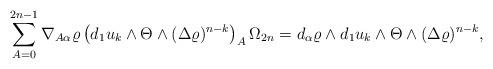
LaTeX: \begin{align*} \sum_{A=0}^{2n-1} \nabla_{A\alpha }\varrho\left(d_1u_k\wedge \Theta\wedge(\Delta \varrho)^{n-k}\right)_A \Omega_ {2n }=d_\alpha\varrho\wedge d_1u_k\wedge \Theta \wedge(\Delta \varrho)^{n-k},\end{align*}